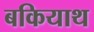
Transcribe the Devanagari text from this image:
बकियाथ